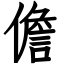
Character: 儋